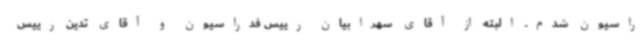
راسیون شدم. البته از آقای سهرابیان رییس فدراسیون و آقای تدین رییس